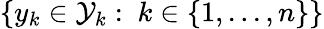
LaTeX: \{ y_{k}\in\mathcal{Y}_{k}:~k\in\{ 1,...,n\} \}